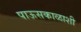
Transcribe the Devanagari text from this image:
पाऊसकाळाशी